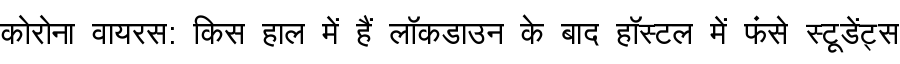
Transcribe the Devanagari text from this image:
कोरोना वायरस: किस हाल में हैं लॉकडाउन के बाद हॉस्टल में फंसे स्टूडेंट्स